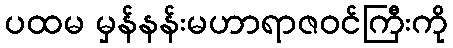
ပထမ မှန်နန်းမဟာရာဇဝင်ကြီးကို